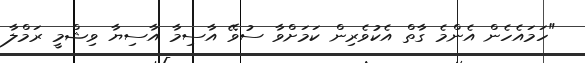
"ހަމައެހެން އެންމެ ގާތް އެކުވެރިން ކަމަށްވާ ސުވޭ އާސިމާ އާސިޔާ ވިޝްމީ ރަމްލާ